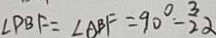
\angle P B F = \angle A B F = 9 0 ^ { \circ } - \frac { 3 } { 2 } \alpha